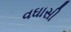
વઘાસી